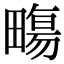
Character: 𤳈